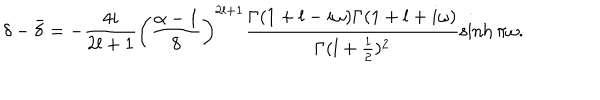
LaTeX: \delta - \bar { \delta } = - \frac { 4 i } { 2 l + 1 } \left( \frac { \alpha - 1 } { 8 } \right) ^ { 2 l + 1 } \frac { \Gamma ( 1 + l - i \omega ) \Gamma ( 1 + l + i \omega ) } { \Gamma ( l + \frac { 1 } { 2 } ) ^ { 2 } } \sinh \pi \omega .